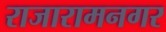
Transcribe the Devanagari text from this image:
राजारामनगर